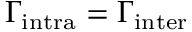
\Gamma _ { \mathrm { { i n t r a } } } = \Gamma _ { \mathrm { { i n t e r } } }